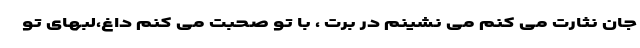
جان نثارت می کنم می نشینم در برت ، با تو صحبت می کنم داغ،لبهای تو